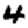
Digit: 4